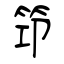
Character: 笻